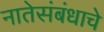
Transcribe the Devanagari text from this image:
नातेसंबंधाचे